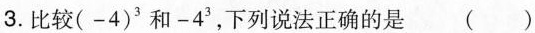
3.比较(-4)^{3}和-4^{3}，下列说法正确的是（ ）